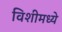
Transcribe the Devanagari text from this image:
विशीमध्ये